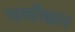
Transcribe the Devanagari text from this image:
गाजीखान